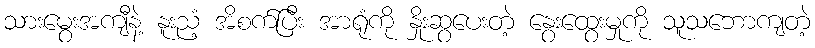
သားမွေးအကျီနဲ့ နူးညံ့ အိစက်ပြီး အာရုံကို နှိုးဆွပေးတဲ့ နွေးထွေးမှုကို သူသဘောကျတဲ့